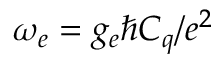
\omega _ { e } = g _ { e } \hbar C _ { q } / e ^ { 2 }